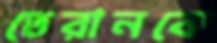
তেরানকে